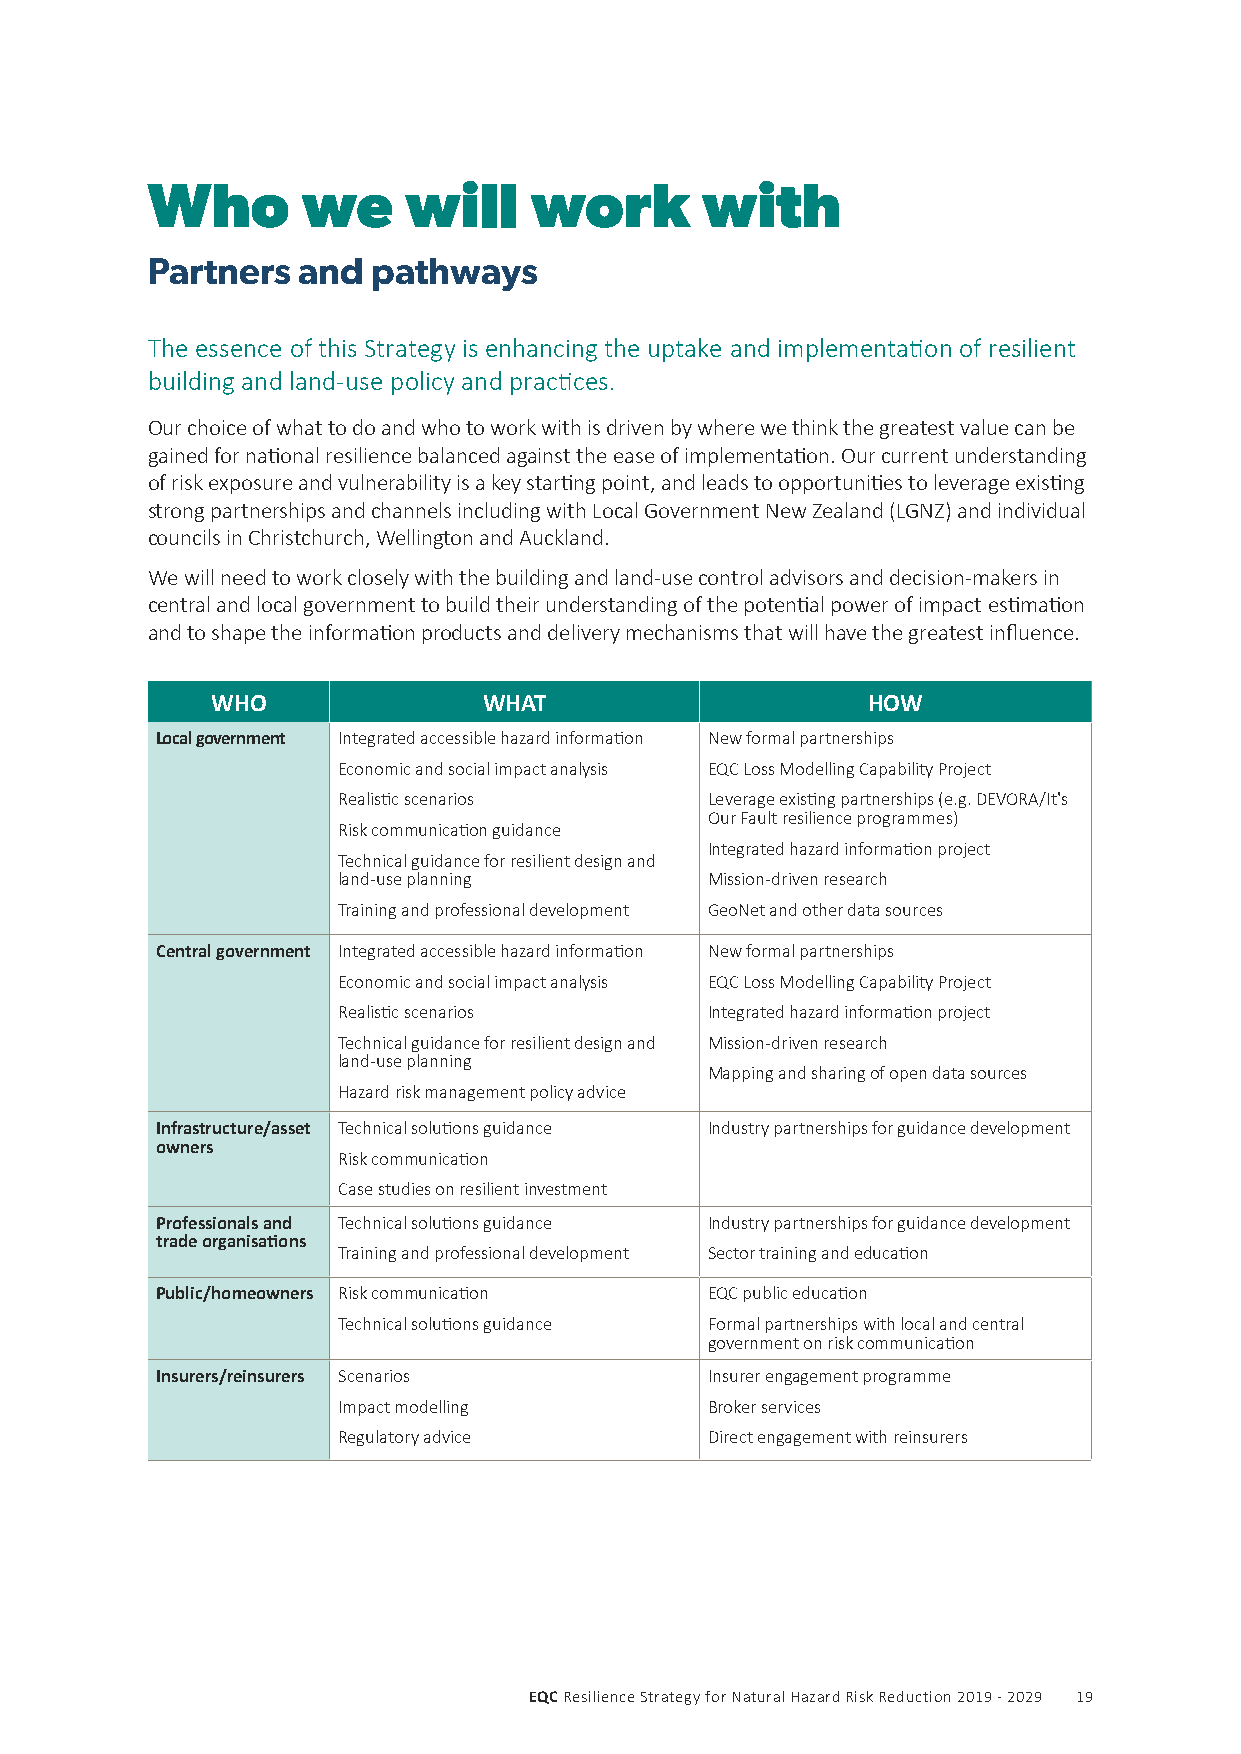
Who       we     will    work       with
 Partners  and  pathways
 The essence of this Strategy is enhancing the uptake and implementation of resilient
 building and land-use policy and practices.
 Our choice of what to do and who to work with is driven by where we think the greatest value can be
 gained for national resilience balanced against the ease of implementation. Our current understanding
 of risk exposure and vulnerability is a key starting point, and leads to opportunities to leverage existing
 strong partnerships and channels including with Local Government New Zealand (LGNZ) and individual
 councils in Christchurch, Wellington and Auckland.
 We will need to work closely with the building and land-use control advisors and decision-makers in
 central and local government to build their understanding of the potential power of impact estimation
 and to shape the information products and delivery mechanisms that will have the greatest influence.
 WHO               WHAT                     HOW
 Local government Integrated accessible hazard information New formal partnerships
 Economic and social impact analysis EQC Loss Modelling Capability Project
 Realistic scenarios      Leverage existing partnerships (e.g. DEVORA/It's
 Our Fault resilience programmes)
 Risk communication guidance
 Integrated hazard information project
 Technical guidance for resilient design and
 land-use planning        Mission-driven research
 Training and professional development GeoNet and other data sources
 Central government Integrated accessible hazard information New formal partnerships
 Economic and social impact analysis EQC Loss Modelling Capability Project
 Realistic scenarios      Integrated hazard information project
 Technical guidance for resilient design and Mission-driven research
 land-use planning
 Mapping and sharing of open data sources
 Hazard risk management policy advice
 Infrastructure/asset Technical solutions guidance Industry partnerships for guidance development
 owners
 Risk communication
 Case studies on resilient investment
 Professionals and Technical solutions guidance Industry partnerships for guidance development
 trade organisations
 Training and professional development Sector training and education
 Public/homeowners Risk communication EQC public education
 Technical solutions guidance Formal partnerships with local and central
 government on risk communication
 Insurers/reinsurers Scenarios        Insurer engagement programme
 Impact modelling         Broker services
 Regulatory advice        Direct engagement with reinsurers
 EQC Resilience Strategy for Natural Hazard Risk Reduction 2019 - 2029 19